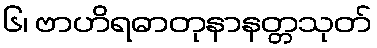
၆၊ ဗာဟိရဓာတုနာနတ္တသုတ်